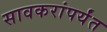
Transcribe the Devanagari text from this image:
सावकरांपर्यंत